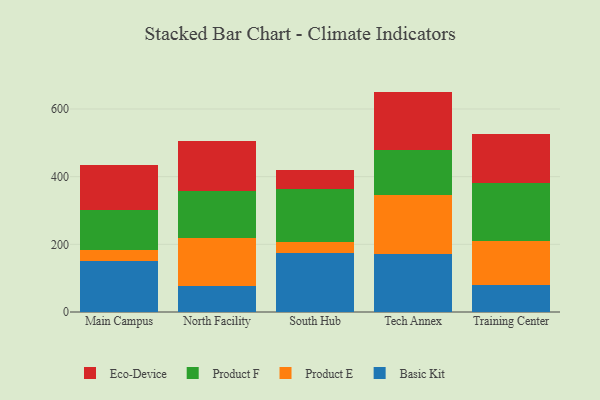
{"axis": {"x": "Campus", "y": "Net Income (USD K)"}, "legend": ["Basic Kit", "Eco-Device", "Product E", "Product F"], "data": [{"x": "Main Campus", "y": 151.0, "type": "Basic Kit"}, {"x": "Main Campus", "y": 33.3, "type": "Product E"}, {"x": "Main Campus", "y": 116.3, "type": "Product F"}, {"x": "Main Campus", "y": 132.8, "type": "Eco-Device"}, {"x": "North Facility", "y": 76.2, "type": "Basic Kit"}, {"x": "North Facility", "y": 143.7, "type": "Product E"}, {"x": "North Facility", "y": 138.9, "type": "Product F"}, {"x": "North Facility", "y": 147.3, "type": "Eco-Device"}, {"x": "South Hub", "y": 175.6, "type": "Basic Kit"}, {"x": "South Hub", "y": 30.8, "type": "Product E"}, {"x": "South Hub", "y": 158.6, "type": "Product F"}, {"x": "South Hub", "y": 53.7, "type": "Eco-Device"}, {"x": "Tech Annex", "y": 170.6, "type": "Basic Kit"}, {"x": "Tech Annex", "y": 174.5, "type": "Product E"}, {"x": "Tech Annex", "y": 133.3, "type": "Product F"}, {"x": "Tech Annex", "y": 173.0, "type": "Eco-Device"}, {"x": "Training Center", "y": 78.8, "type": "Basic Kit"}, {"x": "Training Center", "y": 131.3, "type": "Product E"}, {"x": "Training Center", "y": 170.2, "type": "Product F"}, {"x": "Training Center", "y": 146.0, "type": "Eco-Device"}]}